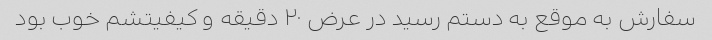
سفارش به موقع به دستم رسید در عرض ۲۰ دقیقه و کیفیتشم خوب بود